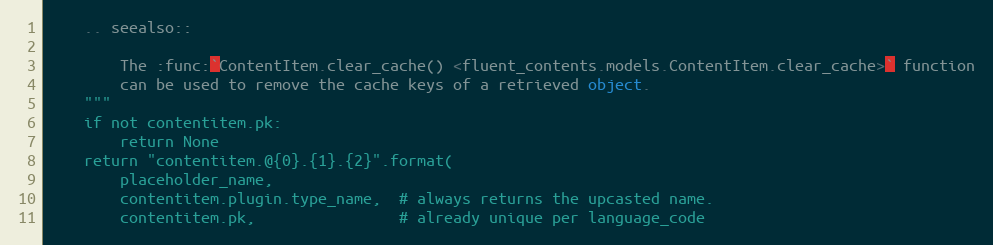
Language: Python
    .. seealso::

        The :func:`ContentItem.clear_cache() <fluent_contents.models.ContentItem.clear_cache>` function
        can be used to remove the cache keys of a retrieved object.
    """
    if not contentitem.pk:
        return None
    return "contentitem.@{0}.{1}.{2}".format(
        placeholder_name,
        contentitem.plugin.type_name,  # always returns the upcasted name.
        contentitem.pk,                # already unique per language_code